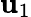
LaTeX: \mathbf{u}_{1}